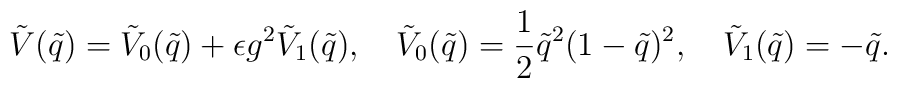
\tilde V(\tilde q) = \tilde V_0(\tilde q) + \epsilon g^2 \tilde V_1(\tilde q),\quad\tilde V_0(\tilde q) = \frac{1}{2}\tilde q^2(1-\tilde q)^2, \quad\tilde V_1(\tilde q) = -\tilde q.